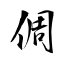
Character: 倜